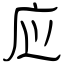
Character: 应